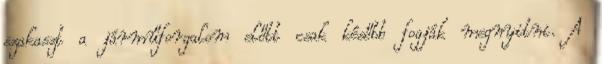
szakaszt a járműforgalom előtt csak később fogják megnyitni. A